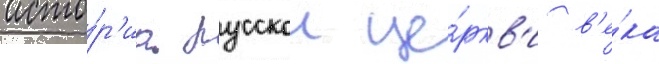
исто́р'иа русскои це́ркв'и в'е́ка